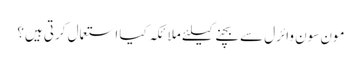
مون سون وائرل سے بچنےکیلئے ملائکہ کیا استعمال کرتی ہیں؟